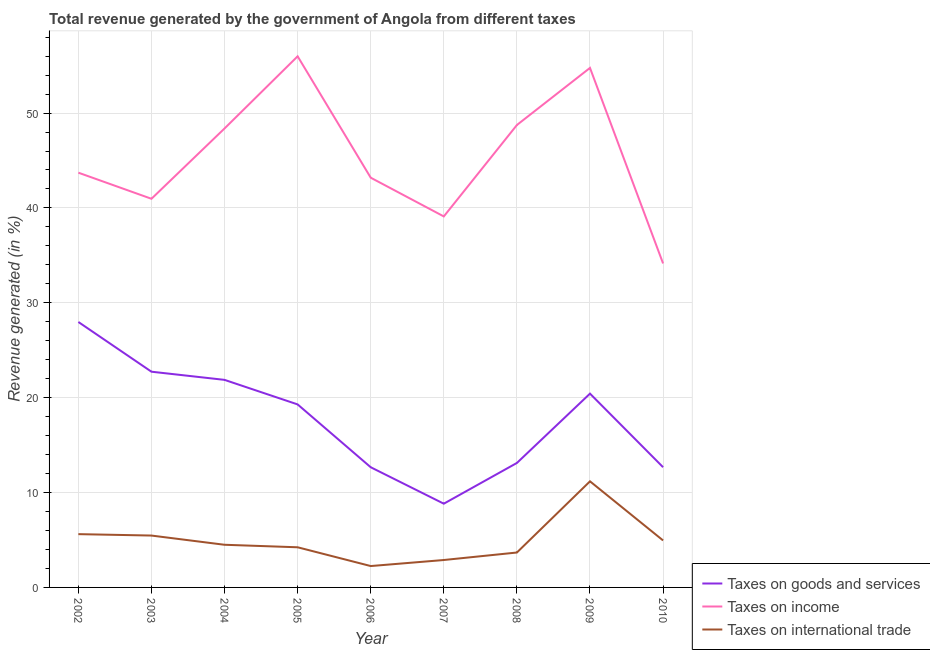
| Year | Taxes on goods and services | Taxes on income | Taxes on international trade |
 | --- | --- | --- | --- |
 | 2002 | 28 | 43.7 | 5.62 |
 | 2003 | 22.7 | 41 | 5.47 |
 | 2004 | 21.9 | 48.4 | 4.5 |
 | 2005 | 19.3 | 56 | 4.23 |
 | 2006 | 12.7 | 43.2 | 2.25 |
 | 2007 | 8.83 | 39.1 | 2.89 |
 | 2008 | 13.1 | 48.7 | 3.68 |
 | 2009 | 20.4 | 54.8 | 11.2 |
 | 2010 | 12.7 | 34.1 | 4.95 |